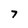
Character: 7